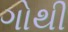
ગોથી